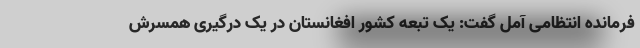
فرمانده انتظامی آمل گفت: یک تبعه کشور افغانستان در یک درگیری همسرش